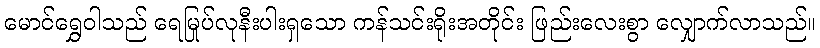
မောင်ရွှေဝါသည် ရေမြုပ်လုနီးပါးရှသော ကန်သင်းရိုးအတိုင်း ဖြည်းလေးစွာ လျှောက်လာသည်။